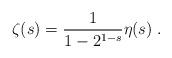
LaTeX: \begin{align*}\zeta(s) = \frac{1}{1-2^{1-s}}\eta(s)\; .\end{align*}